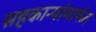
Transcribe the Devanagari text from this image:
सहकाऱ्यांमार्फत